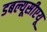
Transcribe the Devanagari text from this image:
डबल्यूसीएयू